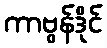
ကာဗွန်ဒိုင်